Annual statistical returns and brief notes on vaccination in Bengal - 1909-1929
Year: 1909
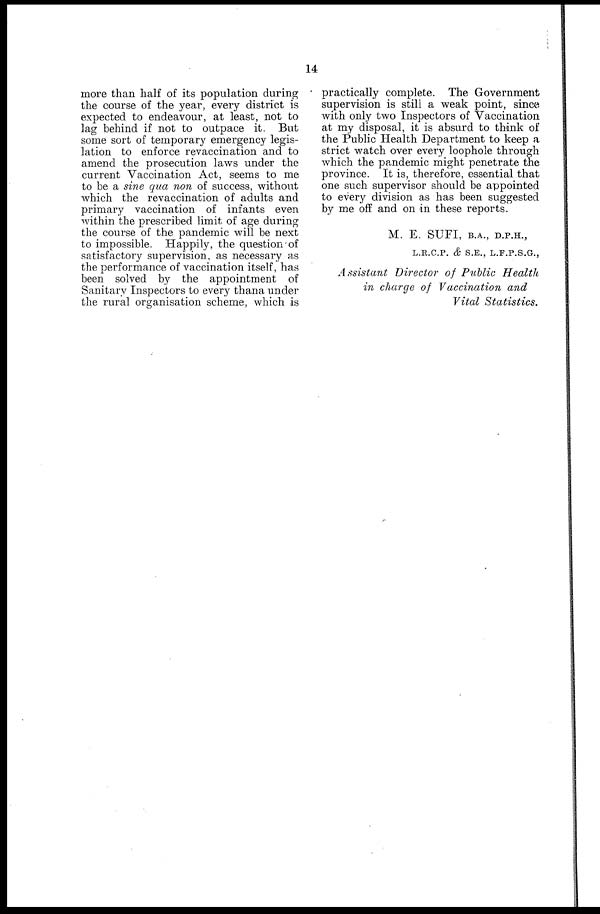
14
more than half of its population during
the course of the year, every district is
expected to endeavour, at least, not to
lag behind if not to outpace it. But
some sort of temporary emergency legis-
lation to enforce revaccination and to
amend the prosecution laws under the
current Vaccination Act, seems to me
to be a sine qua non of success, without
which the revaccination of adults and
primary vaccination of infants even
within the prescribed limit of age during
the course of the pandemic will be next
to impossible. Happily, the question of
satisfactory supervision, as necessary as
the performance of vaccination itself, has
been solved by the appointment of
Sanitary Inspectors to every thana under
the rural organisation scheme, which is
practically complete. The Government
supervision is still a weak point, since
with only two Inspectors of Vaccination
at my disposal, it is absurd to think of
the Public Health Department to keep a
strict watch over every loophole through
which the pandemic might penetrate the
province. It is, therefore, essential that
one such supervisor should be appointed
to every division as has been suggested
by me off and on in these reports.
M. E. SUFI, B.A., D.P.H.,
L.R.C.P. & S.E., L.F.P.S.G.,
Assistant Director of Public Health
in charge of Vaccination and
Vital Statistics.